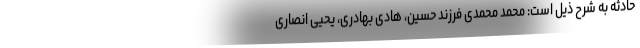
حادثه به شرح ذیل است: محمد محمدی فرزند حسین، هادی بهادری، یحیی انصاری